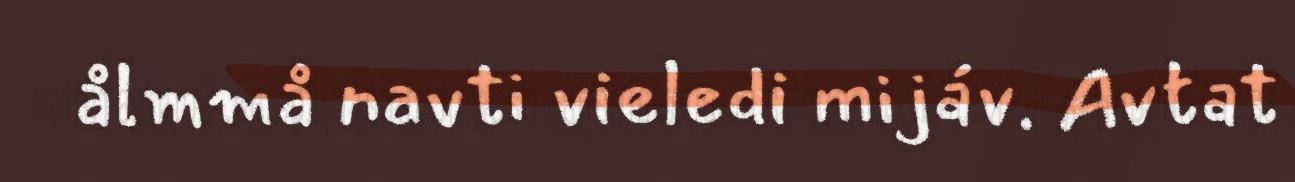
ålmmå navti vieledi mijáv. Avtat